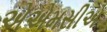
એએમસીએ